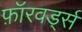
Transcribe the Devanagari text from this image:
फ़ॉरवर्ड्स